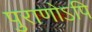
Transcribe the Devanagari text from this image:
पुराणोऽपि